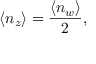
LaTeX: \langle n _ { z } \rangle = \displaystyle { \frac { \langle n _ { w } \rangle } { 2 } } ,